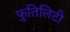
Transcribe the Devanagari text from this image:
फुतिलिटी